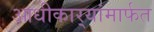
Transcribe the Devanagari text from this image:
आधीकार्‍यांमार्फत